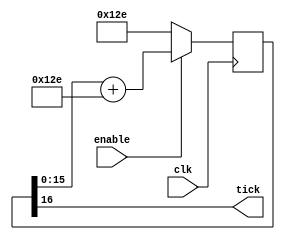
module BaudGen(
    input clk,
    input enable,
    output tick  // generate a tick at the specified baud rate * oversampling
);
parameter ClkFrequency = 25000000;
parameter Baud = 115200;
parameter Oversampling = 1;

// function for log2 in verilog
function integer log2(input integer v);
    begin
        log2 = 0;
        while (v >> log2)
            log2 = log2 + 1;
    end
endfunction

localparam AccWidth = log2(ClkFrequency / Baud) + 8;  // +/- 2% max timing error over a byte
reg [AccWidth:0] Acc = 0;
localparam ShiftLimiter = log2(Baud * Oversampling >> (31 - AccWidth));  // this makes sure Inc calculation doesn't overflow
localparam Inc = ((Baud * Oversampling << (AccWidth - ShiftLimiter)) + (ClkFrequency >> (ShiftLimiter + 1))) / (ClkFrequency >> ShiftLimiter);


// The accumulator register, Acc, increments by the value of Inc on each clock cycle when enable is high.
// If enable is low, Acc is reset to the value of Inc.
always @(posedge clk)
    if(enable)
        Acc <= Acc[AccWidth - 1:0] + Inc[AccWidth:0];
    else Acc <= Inc[AccWidth:0];
    assign tick = Acc[AccWidth];
endmodule